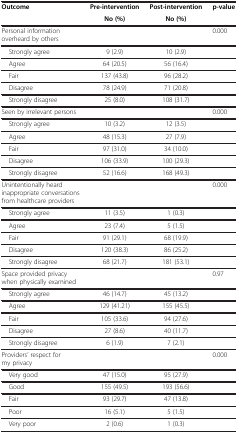
<table><thead><tr><td rowspan="2"><b>Outcome</b></td><td><b>Pre-intervention</b></td><td><b>Post-intervention</b></td><td rowspan="2"><b>p-value</b></td></tr><tr><td><b>No (%)</b></td><td><b>No (%)</b></td></tr></thead><tbody><tr><td>Personal information overheard by others</td><td> </td><td> </td><td>0.000</td></tr><tr><td> Strongly agree</td><td>9 (2.9)</td><td>10 (2.9)</td><td> </td></tr><tr><td> Agree</td><td>64 (20.5)</td><td>56 (16.4)</td><td> </td></tr><tr><td> Fair</td><td>137 (43.8)</td><td>96 (28.2)</td><td> </td></tr><tr><td> Disagree</td><td>78 (24.9)</td><td>71 (20.8)</td><td> </td></tr><tr><td> Strongly disagree</td><td>25 (8.0)</td><td>108 (31.7)</td><td> </td></tr><tr><td>Seen by irrelevant persons</td><td> </td><td> </td><td>0.000</td></tr><tr><td> Strongly agree</td><td>10 (3.2)</td><td>12 (3.5)</td><td> </td></tr><tr><td> Agree</td><td>48 (15.3)</td><td>27 (7.9)</td><td> </td></tr><tr><td> Fair</td><td>97 (31.0)</td><td>34 (10.0)</td><td> </td></tr><tr><td> Disagree</td><td>106 (33.9)</td><td>100 (29.3)</td><td> </td></tr><tr><td> Strongly disagree</td><td>52 (16.6)</td><td>168 (49.3)</td><td> </td></tr><tr><td>Unintentionally heard inappropriate conversations from healthcare providers</td><td> </td><td> </td><td>0.000</td></tr><tr><td> Strongly agree</td><td>11 (3.5)</td><td>1 (0.3)</td><td> </td></tr><tr><td> Agree</td><td>23 (7.4)</td><td>5 (1.5)</td><td> </td></tr><tr><td> Fair</td><td>91 (29.1)</td><td>68 (19.9)</td><td> </td></tr><tr><td> Disagree</td><td>120 (38.3)</td><td>86 (25.2)</td><td> </td></tr><tr><td> Strongly disagree</td><td>68 (21.7)</td><td>181 (53.1)</td><td> </td></tr><tr><td>Space provided privacy when physically examined</td><td> </td><td> </td><td>0.97</td></tr><tr><td> Strongly agree</td><td>46 (14.7)</td><td>45 (13.2)</td><td> </td></tr><tr><td> Agree</td><td>129 (41.21)</td><td>155 (45.5)</td><td> </td></tr><tr><td> Fair</td><td>105 (33.6)</td><td>94 (27.6)</td><td> </td></tr><tr><td> Disagree</td><td>27 (8.6)</td><td>40 (11.7)</td><td> </td></tr><tr><td> Strongly disagree</td><td>6 (1.9)</td><td>7 (2.1)</td><td> </td></tr><tr><td>Providers’ respect for my privacy</td><td> </td><td> </td><td>0.000</td></tr><tr><td> Very good</td><td>47 (15.0)</td><td>95 (27.9)</td><td> </td></tr><tr><td> Good</td><td>155 (49.5)</td><td>193 (56.6)</td><td> </td></tr><tr><td> Fair</td><td>93 (29.7)</td><td>47 (13.8)</td><td> </td></tr><tr><td> Poor</td><td>16 (5.1)</td><td>5 (1.5)</td><td> </td></tr><tr><td> Very poor</td><td>2 (0.6)</td><td>1 (0.3)</td><td> </td></tr></tbody></table>